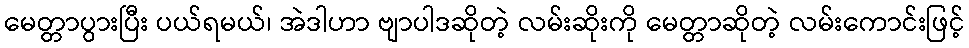
မေတ္တာပွားပြီး ပယ်ရမယ်၊ အဲဒါဟာ ဗျာပါဒဆိုတဲ့ လမ်းဆိုးကို မေတ္တာဆိုတဲ့ လမ်းကောင်းဖြင့်